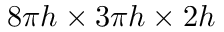
8 \pi h \times 3 \pi h \times 2 h